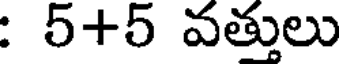
: 5+5 వత్తులు